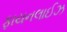
ફાયનલાઈઝ